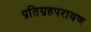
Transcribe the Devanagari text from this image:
प्रतिग्रहपरायण